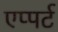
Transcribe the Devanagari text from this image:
एप्पर्ट